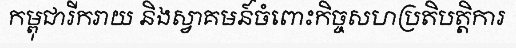
កម្ពុជារីករាយ និងស្វាគមន៍ចំពោះកិច្ចសហប្រតិបត្តិការ